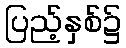
ပြည့်နှစ်၌